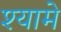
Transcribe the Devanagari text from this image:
श्यामे